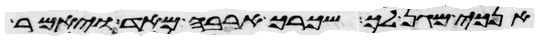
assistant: אנכי מגן לך ושכרך ארבה מאד ויאמר